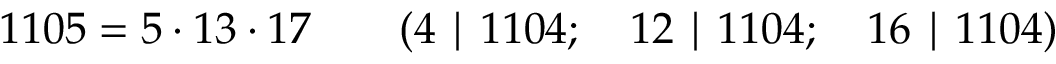
1 1 0 5 = 5 \cdot 1 3 \cdot 1 7 \qquad ( 4 \mid 1 1 0 4 ; \quad 1 2 \mid 1 1 0 4 ; \quad 1 6 \mid 1 1 0 4 )